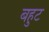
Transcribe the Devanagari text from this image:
बहुट